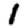
Digit: 1